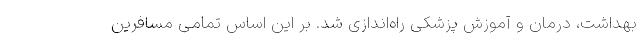
بهداشت، درمان و آموزش پزشکی راه‌اندازی شد. بر این اساس تمامی مسافرین